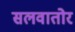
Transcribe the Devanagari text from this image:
सलवातोर